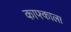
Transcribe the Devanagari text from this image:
काफ्काला